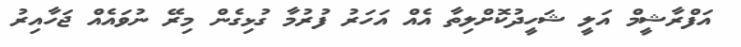
އަފްރާޝީމް އަލީ ޝަހީދުކޮށްލިތާ އެއް އަހަރު ފުރުމާ ގުޅިގެން މިރޭ ނުވައެއް ޖަހާއިރު